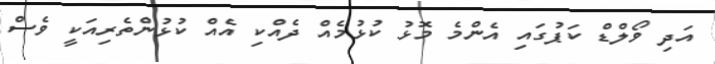
އަދި ވޯލްޑް ކަޕުގައި އެންމެ މޮޅު ކުޅުމެއް ދެއްކި އެއް ކުޅުންތެރިއަކީ ވެސް